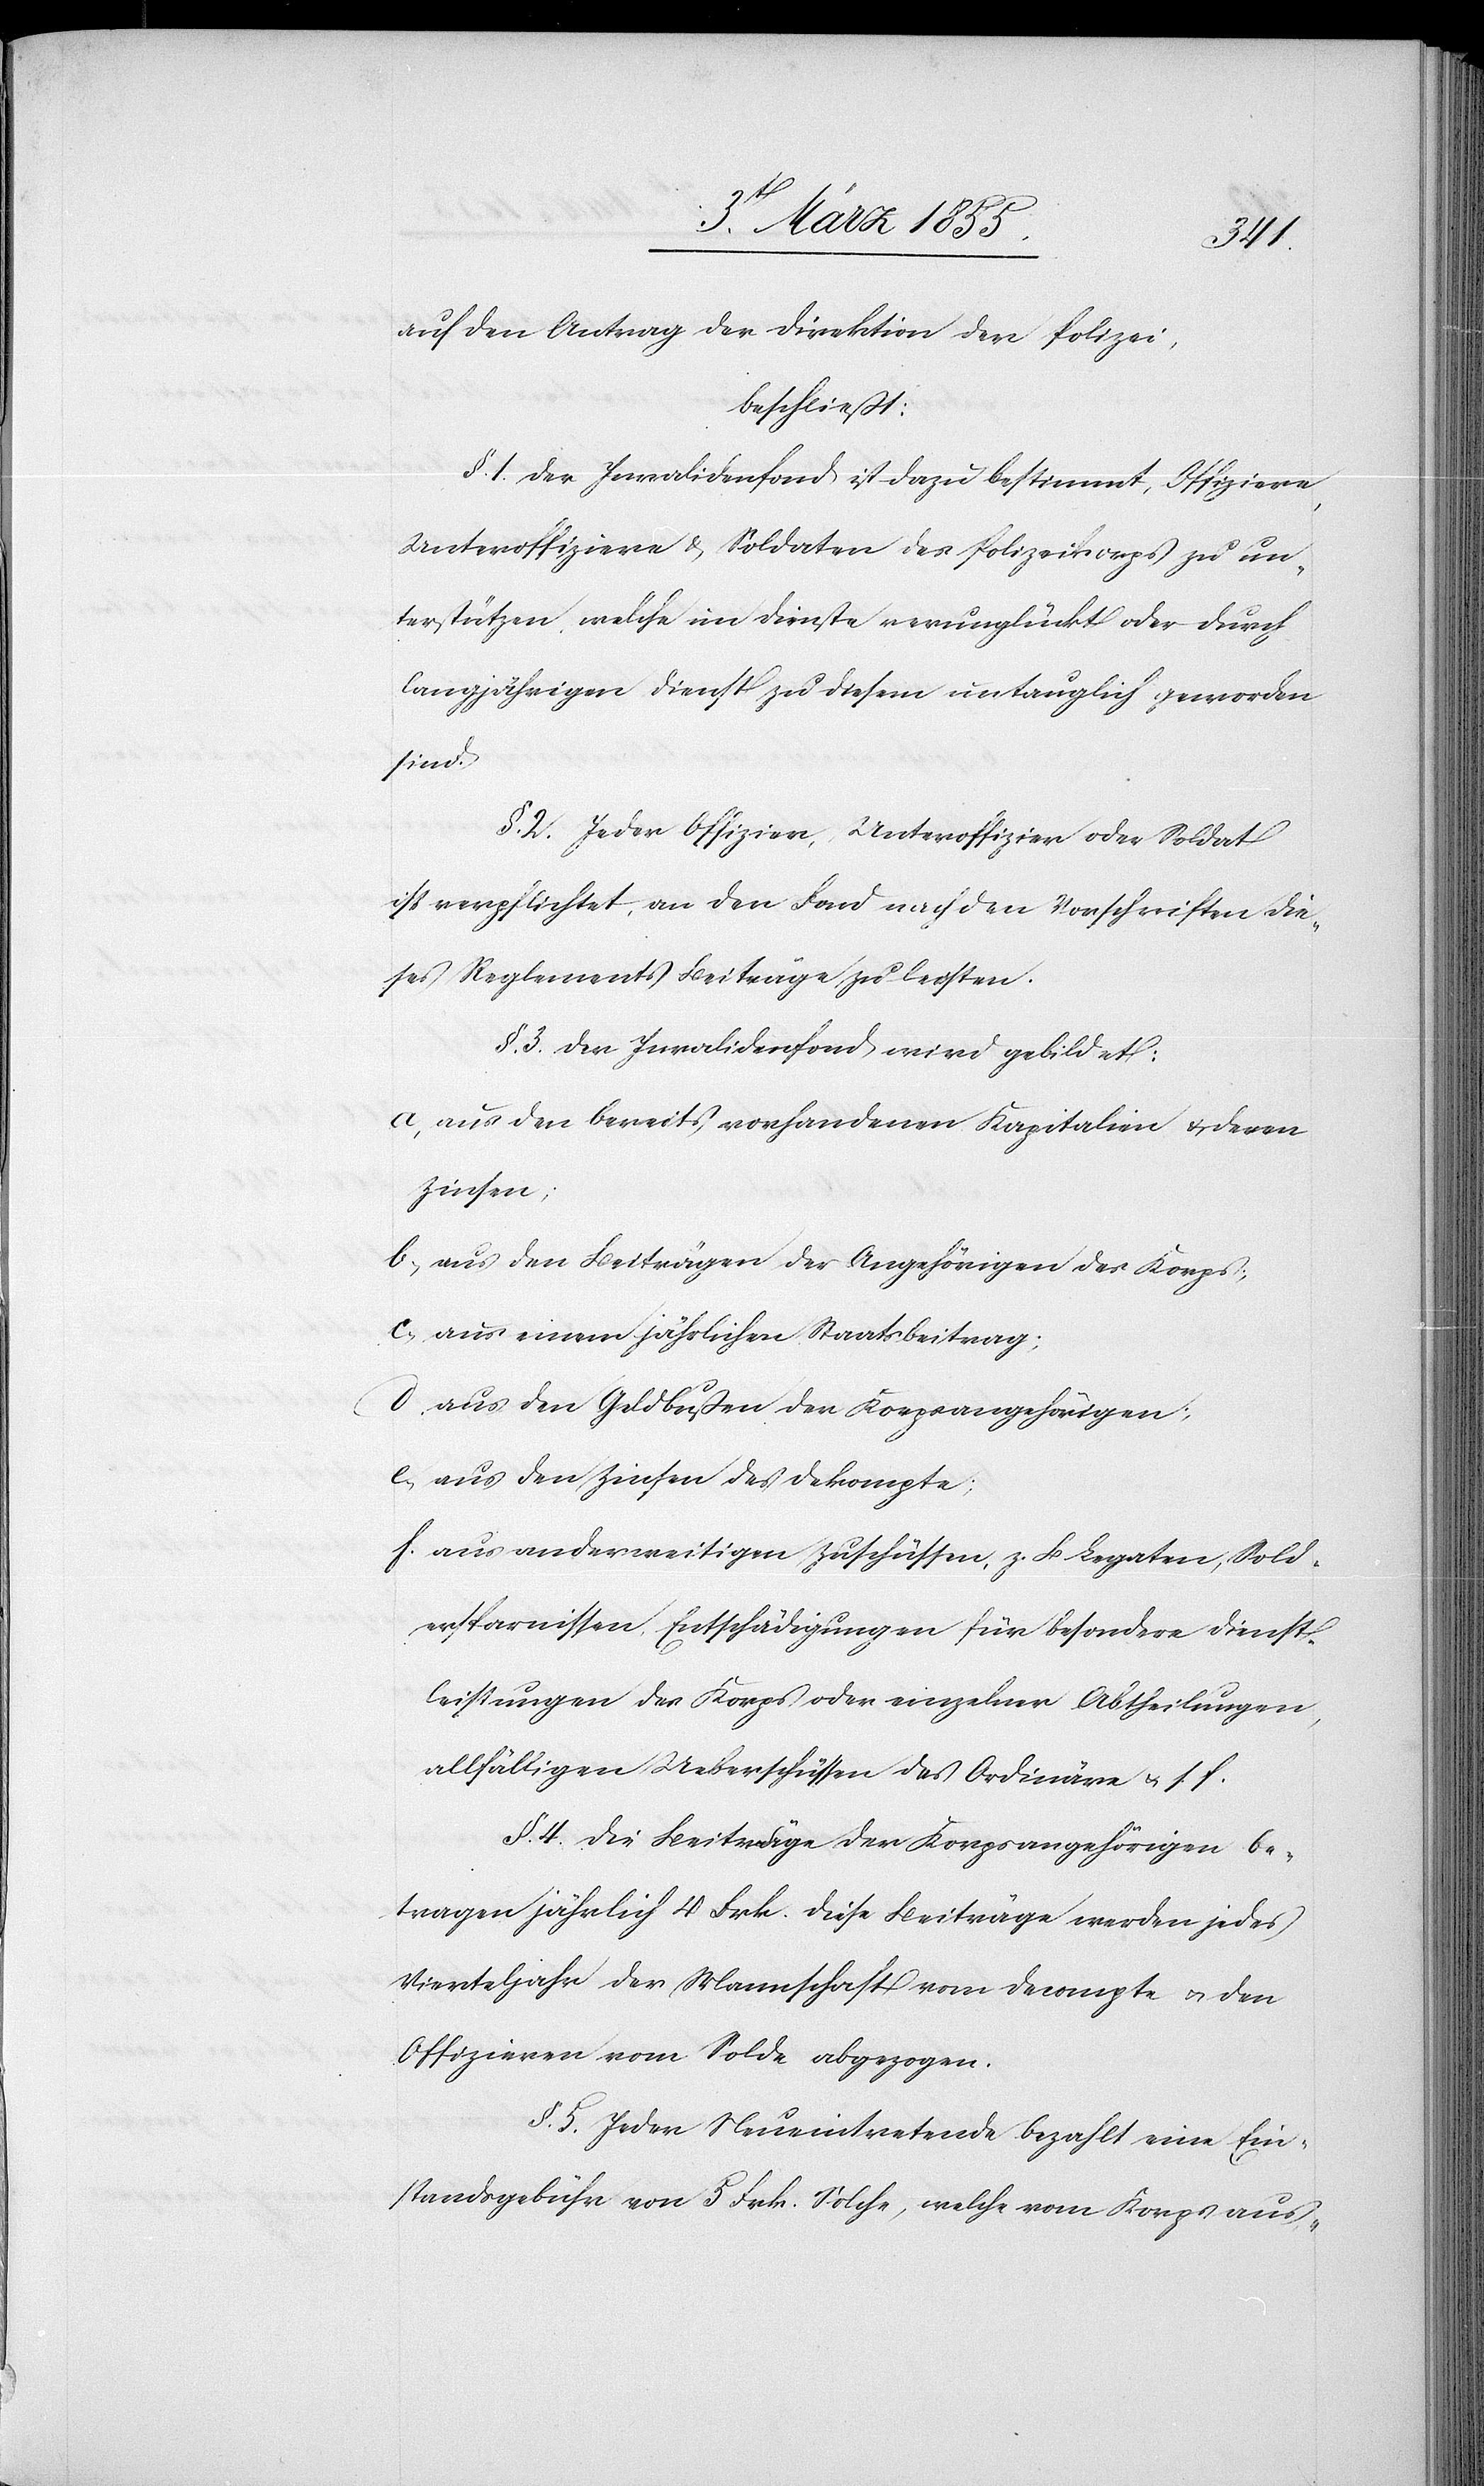
auf den Antrag der Direktion der Polizei,
beschließt:
§. 1. Der Invalidenfond ist dazu bestimmt, Offiziere,
Unteroffiziere & Soldaten des Polizeikorps zu un¬
terstützen, welche im Dienste verunglückt oder durch
langjährigen Dienst zu diesem untauglich geworden
sind.
§. 2. Jeder Offizier, Unteroffizier oder Soldat
ist verpflichtet, an den Fond nach den Vorschriften die¬
ses Reglements Beiträge zu leisten.
§. 3. Der Invalidenfond wird gebildet:
aus den bereits vorhandenen Kapitalien & deren
Zinsen;
aus den Beiträgen der Angehörigen des Korps;
aus einem jährlichen Staatsbeitrag;
aus den Geldbußen der Korpsangehörigen;
aus den Zinsen des Dekompte;
aus anderweitigen Zuschüssen, z. B Legaten, Sold¬
ersparnissen, Entschädigungen für besondere Dienst¬
leistungen des Korps oder einzelner Abtheilungen,
allfälligen Ueberschüssen des Ordinäre & s. f.
§. 4. Die Beiträge der Korpsangehörigen be¬
tragen jährlich 4 Frk. Diese Beiträge werden jedes
Vierteljahr der Mannschaft vom Decompte & den
Offizieren vom Solde abgezogen.
§. 5. Jeder Neueintretende bezahlt eine Ein¬
standsgebühr von 5 Frk. Solche, welche vom Korps aus-